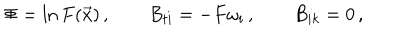
\Phi = \ln F ( \vec { x } ) \, , \qquad B _ { t i } = - F \omega _ { i } \, , \qquad B _ { i k } = 0 \, ,